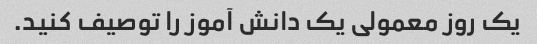
یک روز معمولی یک دانش آموز را توصیف کنید.